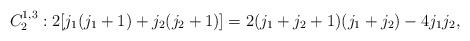
\begin{align*}C_2^{1,3} : 2[j_1(j_1+1)+j_2(j_2+1)]=2(j_1+j_2+1)(j_1+j_2)-4j_1j_2, \end{align*}